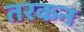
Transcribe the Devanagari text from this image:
तरकन